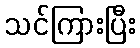
သင်ကြားပြီး